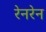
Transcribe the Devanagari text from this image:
रेनरेन